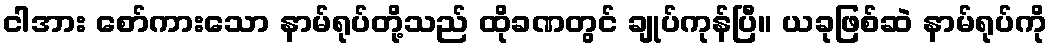
ငါအား စော်ကားသော နာမ်ရုပ်တို့သည် ထိုခဏတွင် ချုပ်ကုန်ပြီ။ ယခုဖြစ်ဆဲ နာမ်ရုပ်ကို